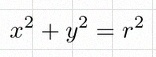
x^2+y^2=r^2